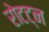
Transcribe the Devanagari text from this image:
रोटट्न